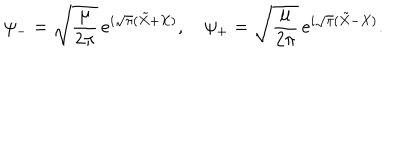
\psi _ { - } = \sqrt { { \frac { \mu } { 2 \pi } } } \, e ^ { i \sqrt { \pi } ( \tilde { X } + X ) } , \quad \psi _ { + } = \sqrt { { \frac { \mu } { 2 \pi } } } \, e ^ { i \sqrt { \pi } ( \tilde { X } - X ) } .